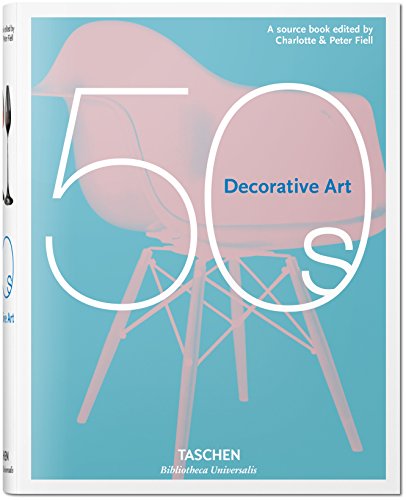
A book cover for Decorative Art 50s; Arts & Photography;